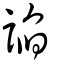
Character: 諂